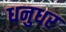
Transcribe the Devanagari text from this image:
धनुधर